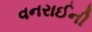
વનરાઈની